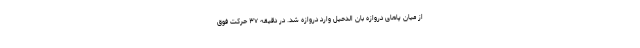
از میان پاهای دروازه بان الدحیل وارد دروازه شد. در دقیقه ۳۷ حرکت فوق